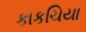
કાકચિયા